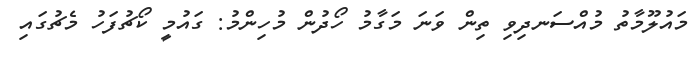
މައުލޫމާތު މުއްސަނދިވި ތިން ވަނަ މަގާމު ހޯދުން މުހިންމު: ގައުމީ ކޯޗުފަހު މެޗުގައި